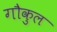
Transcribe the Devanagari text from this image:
गौकुल